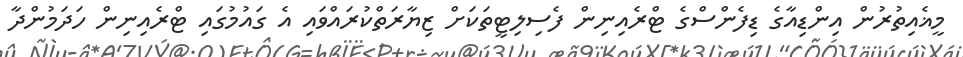
މީޣެއިތުރުން އިންޑިއާގެ ޑިފެންސްގެ ޓްރެއިނިން ފެސިލިޓީތަކަށް ޒިޔާރަތްކުރައްވައި އެ ގައުމުގައި ޓްރެއިނިން ހަދަމުންދާ